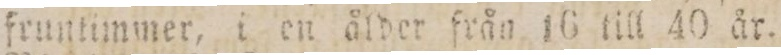
fruntimmer, i en ålder från 16 till 40 år.